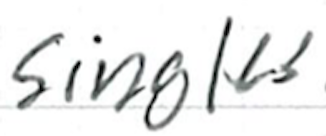
Text: singles
Cross-out: clean
Writing tool: ballpoint